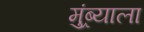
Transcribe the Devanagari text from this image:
मुंब्र्याला